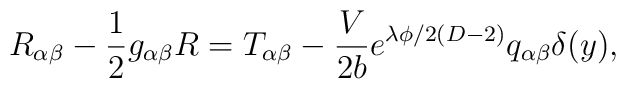
R_{\alpha\beta}-\frac{1}{2}g_{\alpha\beta}R=T_{\alpha\beta}-\frac{V}{2b}e^{\lambda\phi/2(D-2)}q_{\alpha\beta}\delta(y),